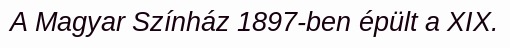
A Magyar Színház 1897-ben épült a XIX.